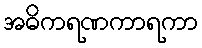
အဓိကရဏကာရကာ